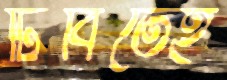
ঢিবিতেই